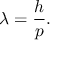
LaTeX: \lambda = { \frac { h } { p } } .